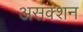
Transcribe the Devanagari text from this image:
असंक्शन